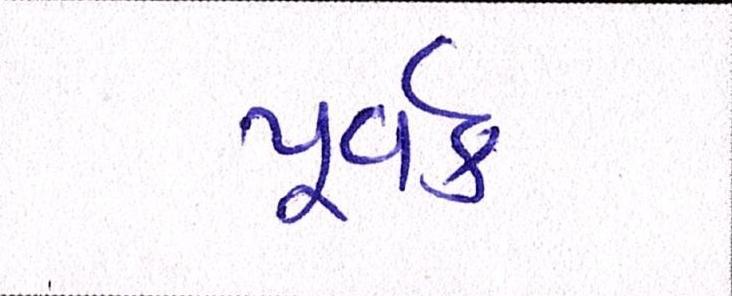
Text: પૂર્વક